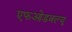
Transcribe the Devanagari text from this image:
एफओडबल्यू